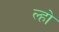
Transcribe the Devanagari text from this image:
ल्हो